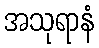
အသုရာနံ